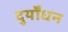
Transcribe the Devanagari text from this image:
दुर्योंधन